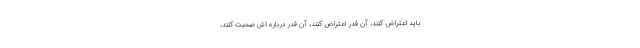
باید اعتراض کنند، آن قدر اعتراض کنند، آن قدر درباره اش صحبت کنند،